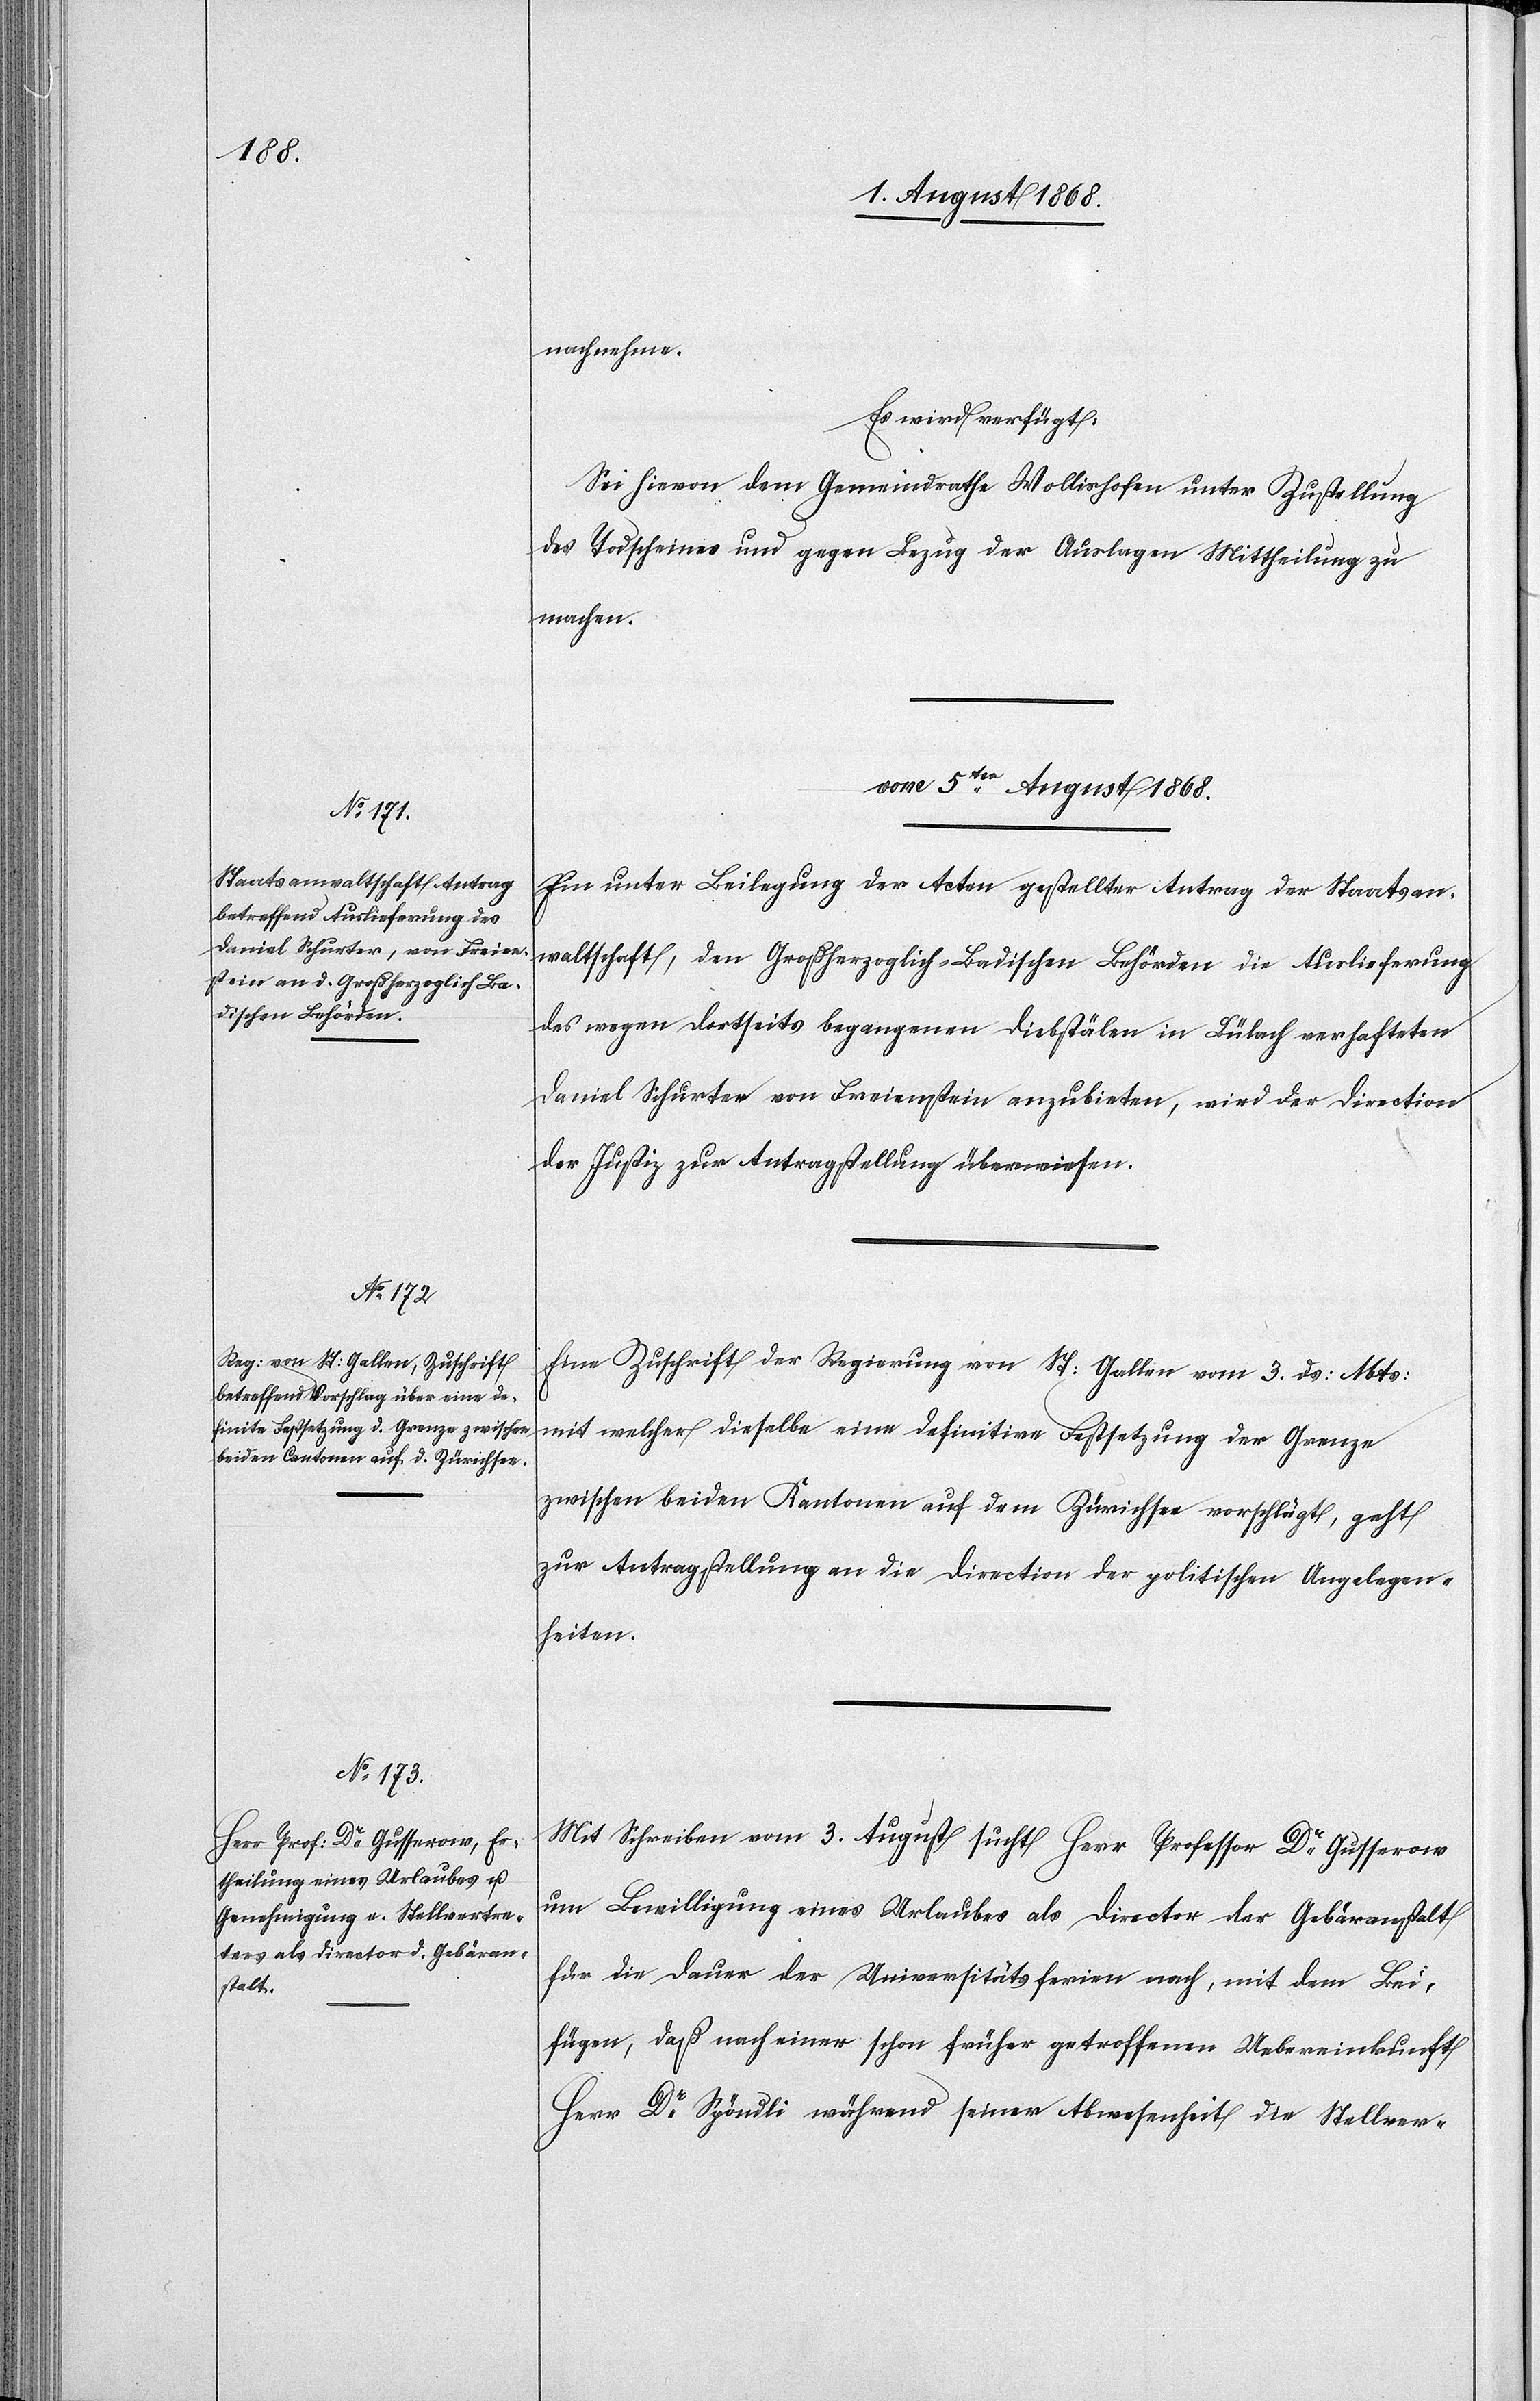
nachnehme.
Es wird verfügt:
Sei hievon dem Gemeindrathe Wollishofen unter Zustellung
des Todscheines und gegen Bezug der Auslagen Mittheilung zu
machen.
vom 5ten August 1868.]
Ein unter Beilegung der Acten gestellter Antrag der Staatsan¬
waltschaft, den Großherzoglich-Badischen Behörden die Auslieferung
des wegen dortseits begangenen Diebstälen in Bülach verhafteten
Daniel Schurter von Freienstein anzubieten, wird der Direction
der Justiz zur Antragstellung überwiesen.
Eine Zuschrift der Regierung von St: Gallen vom 3. ds: Mts:
mit welcher dieselbe eine definitive Festsetzung der Grenze
zwischen beiden Kantonen auf dem Zürichsee vorschlägt, geht
zur Antragstellung an die Direction der politischen Angelegen¬
heiten.
Mit Schreiben vom 3. August sucht Herr Professor Dr Gusserow
um Bewilligung eines Urlaubes als Director der Gebäranstalt
für die Dauer der Universitätsferien nach, mit dem Bei¬
fügen, daß nach einer schon früher getroffenen Uebereinkunft
Herr Dr Spöndli während seiner Abwesenheit die Stellver-